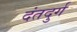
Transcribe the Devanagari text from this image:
दंतदुर्ग